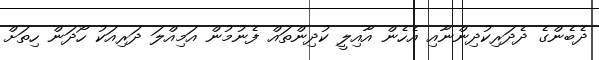
ދެބެންގެ ދެދަރިކުދިންނާއި އެހެން އާއިލީ ކުދިންތައް ފެނުމުން އަމިއްލަ ދަރިއަކު ހޯދަން ހިތަށް